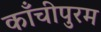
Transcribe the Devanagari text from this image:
काँचीपुरम